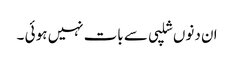
ان دنوں شلپی سے بات نہیں ہو ئی ۔